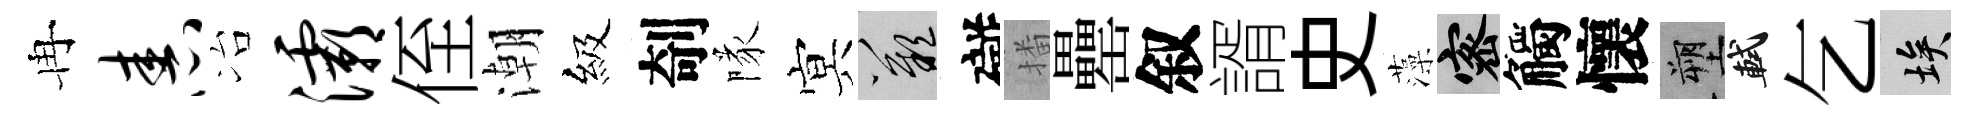
冉舂冶灞侄潮級剞隊㝠嘆礙播罍叙諝史藻密觸懷塑軾乞埃